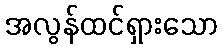
အလွန်ထင်ရှားသော